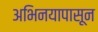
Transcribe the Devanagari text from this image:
अभिनयापासून